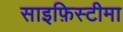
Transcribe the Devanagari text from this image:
साइफ़िस्टीमा